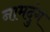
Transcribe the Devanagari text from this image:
नामदुंग